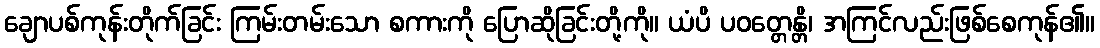
ချောပစ်ကုန်းတိုက်ခြင်း ကြမ်းတမ်းသော စကားကို ပြောဆိုခြင်းတို့ကို။ ယံပိ ပဝတ္တေန္တိ၊ အကြင်လည်းဖြစ်စေကုန်၏။